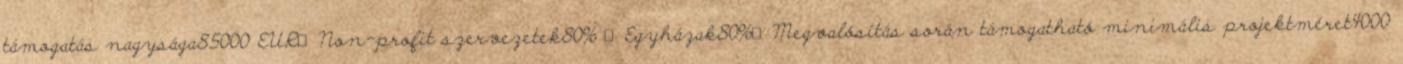
támogatás nagysága85000 EUR▪Non-profit szervezetek80% ▪Egyházak80%▪Megvalósítás során támogatható minimális projektméret4000